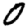
Digit: 0